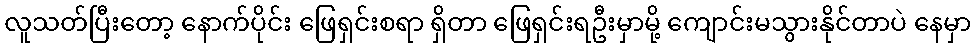
လူသတ်ပြီးတော့ နောက်ပိုင်း ဖြေရှင်းစရာ ရှိတာ ဖြေရှင်းရဦးမှာမို့ ကျောင်းမသွားနိုင်တာပဲ နေမှာ